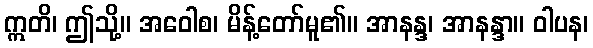
ဣတိ၊ ဤသို့။ အဝေါစ၊ မိန့်တော်မူ၏။ အာနန္ဒ၊ အာနန္ဒာ။ ဝါပန၊